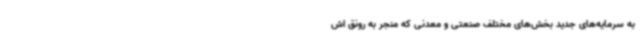
به سرمایه‌های جدید بخش‌های مختلف صنعتی و معدنی که منجر به رونق اش